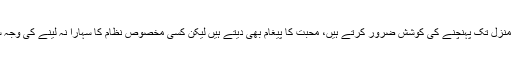
کیوں کہ وہ خود تسلیم کرتے ہیں کہ ’’وہ (ملّا صاحب ) انسانیت پرستی کی منزل تک پہنچنے کی کوشش ضرور کرتے ہیں، محبت کا پیغام بھی دیتے ہیں لیکن کسی مخصوص نظام کا سہارا نہ لینے کی وجہ سے ایک واضح نقطۂ نظر کی کمی ان کے یہاں برابر محسوس ہوتی ہے ‘‘۔